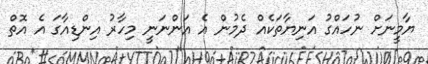
ޔާމީނަށް ނުހައްގު އަނިޔާތަކެއް ދެމުން އެ އަންނަނީ މިހާރު އިންޑިއާގަ އެ އޮތް